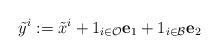
LaTeX: \begin{align*}\tilde{y}^i := \tilde{x}^i + \mathrm{1}_{i \in \mathcal{O}} \mathbf{e}_1 + \mathrm{1}_{i \in \mathcal{B}} \mathbf{e}_2\end{align*}